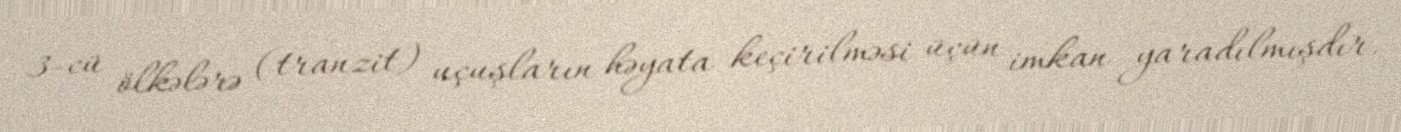
3-cü ölkələrə (tranzit) uçuşların həyata keçirilməsi üçün imkan yaradılmışdır.